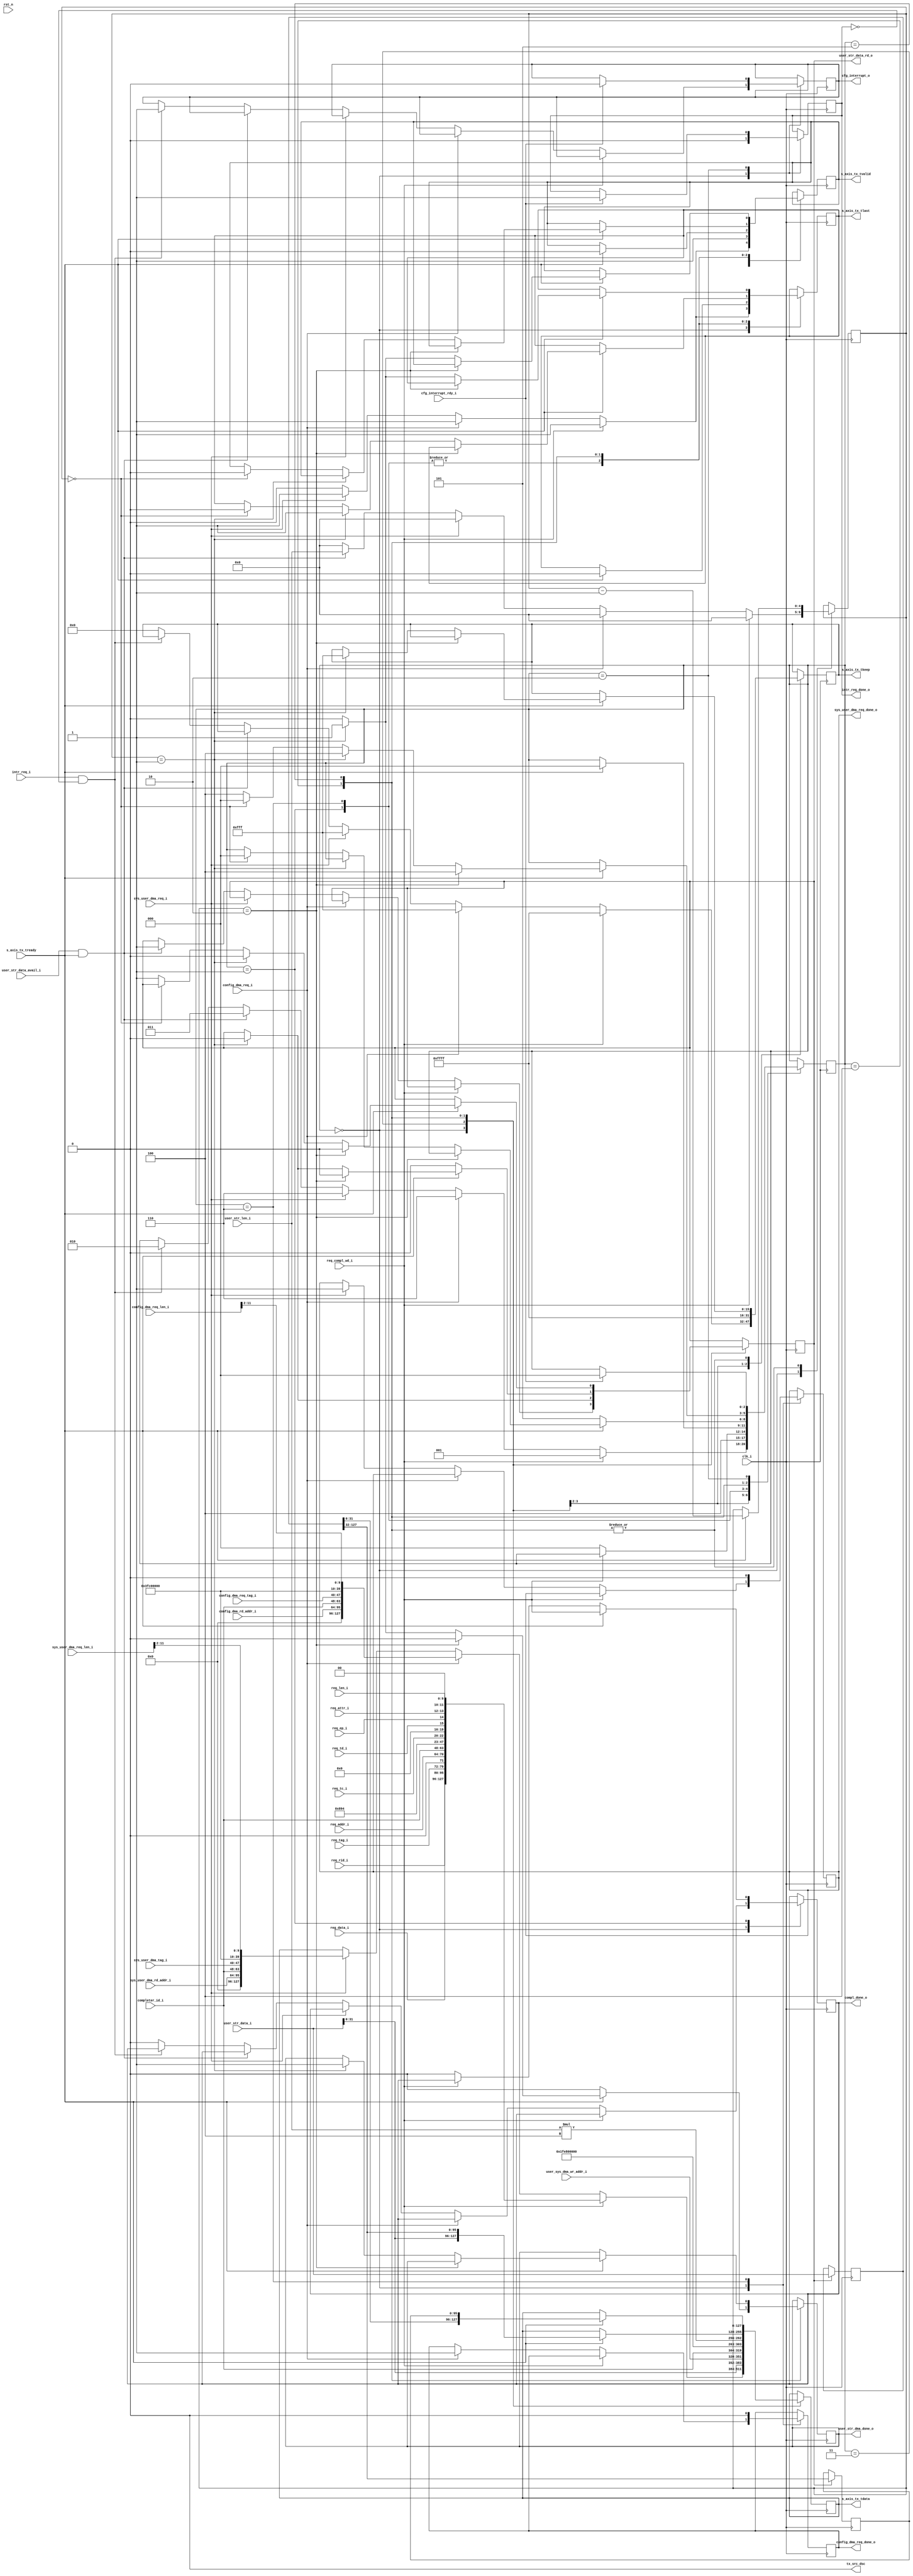
//--------------------------------------------------------------------------------
// Project    : SWITCH
// Version    : 0.1
//
// Description: 64 bit PCIe transaction layer transmit unit
//
//--------------------------------------------------------------------------------

`timescale 1ns/1ns

module tx_engine    #(
  // TX interface data width
  parameter C_DATA_WIDTH = 128,
  parameter KEEP_WIDTH = C_DATA_WIDTH / 8
)(

  input                           clk_i,
  input                           rst_n,

  // AXIS
  input                           s_axis_tx_tready,
  output  reg [C_DATA_WIDTH-1:0]  s_axis_tx_tdata,
  output  reg [KEEP_WIDTH-1:0]    s_axis_tx_tkeep,
  output  reg                     s_axis_tx_tlast,
  output  reg                     s_axis_tx_tvalid,
  output                          tx_src_dsc,
  //Rx engine
  input                           req_compl_wd_i,
  output reg                      compl_done_o,
  input [2:0]                     req_tc_i,
  input                           req_td_i,
  input                           req_ep_i,
  input [1:0]                     req_attr_i,
  input [9:0]                     req_len_i,
  input [15:0]                    req_rid_i,
  input [7:0]                     req_tag_i,
  input [6:0]                     req_addr_i,
  input [15:0]                    completer_id_i,
  //Register set
  input [31:0]                    reg_data_i,
  input                           config_dma_req_i,
  input [31:0]                    config_dma_rd_addr_i,
  input [11:0]                    config_dma_req_len_i,
  output reg                      config_dma_req_done_o,
  input [7:0]                     config_dma_req_tag_i, 
  input                           sys_user_dma_req_i,
  output reg                      sys_user_dma_req_done_o,
  input [11:0]                    sys_user_dma_req_len_i,
  input [31:0]                    sys_user_dma_rd_addr_i,
  input [7:0]                     sys_user_dma_tag_i,
  //User stream i/f
  input                           user_str_data_avail_i,
  output reg                      user_str_dma_done_o,
  input [31:0]                    user_sys_dma_wr_addr_i,
  output reg                      user_str_data_rd_o,
  input [C_DATA_WIDTH-1:0]        user_str_data_i,
  input [4:0]                     user_str_len_i,
  //interrupt
  input                           intr_req_i,
  output reg                      intr_req_done_o,
  output reg                      cfg_interrupt_o,
  input                           cfg_interrupt_rdy_i
);

   // State Machine state declaration
    localparam IDLE         = 'd0,
               SEND_ACK_CPLD= 'd1,
               REQ_INTR     = 'd2,
               WR_USR_HDR   = 'd3,
               WR_USR_DATA  = 'd4,
               WAIT_CORE    = 'd5,
               SEND_ACK_DMA = 'd6;


    // TLP packet type encoding
    localparam  MEM_RD = 7'b0000000,
                MEM_WR = 7'b1000000,
                CPLD   = 7'b1001010;

    reg [2:0]      state;
    reg [31:0]     rd_data_p;
    reg [127:0]    user_rd_data_p;
    reg [95:0]     user_rd_data_p1;
    reg [4:0]      wr_cntr;
    wire [6:0]     user_wr_len;

    // Unused discontinue
    assign tx_src_dsc = 1'b0;
    assign user_wr_len = user_str_len_i*4;

    //Delay the data read from the transmit fifo for 64byte packing.
    always@(posedge clk_i)
    begin
        if(user_str_data_rd_o)
            user_rd_data_p    <= user_str_data_i;
    end
    
    always@(posedge clk_i)
    begin
        if(user_str_data_rd_o)
            user_rd_data_p1    <= user_rd_data_p[127:32];
    end
    
    
    initial 
    begin
        s_axis_tx_tlast        <= 1'b0;
        s_axis_tx_tvalid       <= 1'b0;
        s_axis_tx_tkeep        <= {KEEP_WIDTH{1'b0}};
        compl_done_o           <= 1'b0;
        config_dma_req_done_o  <= 1'b0;
        wr_cntr                <= 0;
        intr_req_done_o        <= 1'b0;
        user_str_data_rd_o     <= 1'b0;
        state                  <= IDLE;
        user_str_dma_done_o    <= 1'b0;
    end

    //The transmit state machine
    always @ ( posedge clk_i ) 
    begin 
        case (state)
            IDLE : begin
                s_axis_tx_tlast  <= 1'b0;
                s_axis_tx_tvalid <= 1'b0;
                intr_req_done_o  <=  1'b0;
                wr_cntr <= 0;
                if (req_compl_wd_i)                                //If completion request from Rx engine
                begin
                    s_axis_tx_tlast  <= 1'b1;
                    s_axis_tx_tvalid <= 1'b1;
                    // Swap DWORDS for AXI
                                                                   // Bits\
                    s_axis_tx_tdata  <= {
                                          reg_data_i,               // 32                            
                                          req_rid_i,                // 16                          
                                          req_tag_i,                //  8                           
                                          {1'b0},                   //  1                          
                                          req_addr_i,               //  7                          
                                          completer_id_i,           // 16
                                          {3'b0},                   // 3
                                          {1'b0},                   // 1
                                          {12'd4},                  // 12
                                          {1'b0},                   // 1
                                          CPLD,                     // 7
                                          {1'b0},                   // 1
                                          req_tc_i,                 // 3
                                          {4'b0},                   // 4
                                          req_td_i,                 // 1
                                          req_ep_i,                 // 1
                                          req_attr_i,               // 2
                                          {2'b0},                   // 2
                                          req_len_i                 // 10
                                          };
                    s_axis_tx_tkeep   <=  16'hFFFF;
                    state             <=  SEND_ACK_CPLD;
                end   
                
                else if(config_dma_req_i)                           //If system memory DMA read request from control register
                begin
                  s_axis_tx_tlast  <= 1'b1;
                  s_axis_tx_tvalid <= 1'b1;
                  s_axis_tx_tdata  <= {                         // Bits
                                        32'h00000000,
                                        config_dma_rd_addr_i,
                                        completer_id_i,           // 16
                                        config_dma_req_tag_i,    // 8 tag
                                        {4'b1111},                // 4
                                        {4'b1111},                // 4
                                        {1'b0},                   // 1
                                        MEM_RD,                   // 7
                                        {1'b0},                   // 1
                                        {3'b0},                   // 3
                                        {4'b0},                   // 4
                                        1'b0,                     // 1
                                        1'b0,                     // 1
                                        {2'b0},                   // 2
                                        {2'b0},                   // 2
                                        config_dma_req_len_i[11:2]        // 10
                                        };
                    s_axis_tx_tkeep   <=  16'h0FFF;
                    state             <= SEND_ACK_DMA;
                    config_dma_req_done_o <= 1'b1;
                end  
                
                else if(sys_user_dma_req_i)                                 //If system memory DMA read request from control register
                begin
                    s_axis_tx_tlast  <= 1'b1;
                    s_axis_tx_tvalid <= 1'b1;
                    s_axis_tx_tdata  <= {                         // Bits
                                        32'h00000000,
                                        sys_user_dma_rd_addr_i,
                                        completer_id_i,           // 16
                                        sys_user_dma_tag_i,       // 8 tag
                                        {4'b1111},                // 4
                                        {4'b1111},                // 4
                                        {1'b0},                   // 1
                                        MEM_RD,                   // 7
                                        {1'b0},                   // 1
                                        {3'b0},                   // 3
                                        {4'b0},                   // 4
                                        1'b0,                     // 1
                                        1'b0,                     // 1
                                        {2'b0},                   // 2
                                        {2'b0},                   // 2
                                        sys_user_dma_req_len_i[11:2] // 10
                                        };
                    s_axis_tx_tkeep   <=  16'h0FFF;
                    sys_user_dma_req_done_o <= 1'b1;
                    state             <= SEND_ACK_DMA;
                end 
                
                else if(user_str_data_avail_i & s_axis_tx_tready)
                begin
                    state                <=  WR_USR_HDR;
                    user_str_data_rd_o   <=  1'b1;
                    wr_cntr              <=  user_str_len_i;
                end
                
                else if(intr_req_i & ~intr_req_done_o) //If there is interrupt request and no data in the transmit fifo
                begin
                    state       <=  REQ_INTR;
                    cfg_interrupt_o <= 1'b1;
                end
                else 
                begin
                    s_axis_tx_tlast   <= 1'b0;
                    s_axis_tx_tvalid  <= 1'b0;
                    s_axis_tx_tkeep   <= 16'h00;
                    compl_done_o      <= 1'b0;
                end
            end 
            
            WR_USR_HDR:begin
                state              <=  WR_USR_DATA;
                s_axis_tx_tvalid   <=  1'b1;
                s_axis_tx_tdata    <=  {
                                            user_str_data_i[31:0],
                                            user_sys_dma_wr_addr_i,
                                            completer_id_i,//req id
                                            8'h00,   //tag
                                            8'hFF,   //BE
                                            1'b0,    //res
                                            MEM_WR,  //type
                                            1'b0,    //r
                                            3'b000,  //tc
                                            4'b0000, //res
                                            1'b0,    //td
                                            1'b0,    //ep
                                            2'b00,   //attr
                                            2'b00,   //res
                                            {3'h0,user_wr_len}//len. 128 bytes
                                        };
                s_axis_tx_tkeep         <=  16'hFFFF;
                if(wr_cntr == 1)
                    user_str_data_rd_o   <=  1'b0;
            end           
            
            SEND_ACK_CPLD:begin
                if(~req_compl_wd_i)
                begin
                    compl_done_o   <= 1'b0;
                    state          <= IDLE;
                end
                if (s_axis_tx_tready) 
                begin
                    compl_done_o           <= req_compl_wd_i;
                    s_axis_tx_tlast        <= 1'b0;
                    s_axis_tx_tvalid       <= 1'b0;
                end
            end
             
            SEND_ACK_DMA:begin
                config_dma_req_done_o   <= 1'b0;
                sys_user_dma_req_done_o <= 1'b0;
                if (s_axis_tx_tready) 
                begin
                    s_axis_tx_tlast        <= 1'b0;
                    s_axis_tx_tvalid       <= 1'b0;
                    state                  <= IDLE;
                end
            end
            
            WR_USR_DATA:begin
                user_str_dma_done_o <= 1'b0;
                if(s_axis_tx_tready)
                begin
                    if(wr_cntr == 2)
                        user_str_data_rd_o  <=    1'b0;
                    else if(wr_cntr == 1)
                    begin
                        user_str_data_rd_o  <= 1'b0;
                        s_axis_tx_tlast     <= 1'b1;
                        s_axis_tx_tkeep     <= 16'h0FFF; 
                        user_str_dma_done_o <= 1'b1;
                    end  
                    else if(wr_cntr == 0) //simply wait for tready to change status.
                    begin
                       state            <=    IDLE;
                       s_axis_tx_tlast  <=    1'b0;
                       s_axis_tx_tvalid <=    1'b0;
                    end
                    wr_cntr             <=    wr_cntr - 1'b1;
                    s_axis_tx_tdata     <=    {user_str_data_i[31:0],user_rd_data_p[127:32]};
                end
                else
                begin
                    user_str_data_rd_o  <=    1'b0;
                    state               <=    WAIT_CORE;
                end 
            end
            
            WAIT_CORE:begin
                if(s_axis_tx_tready)
                begin
                    s_axis_tx_tdata     <=     {user_rd_data_p[31:0],user_rd_data_p1};
                    wr_cntr             <=     wr_cntr - 1'b1;
                    if(wr_cntr == 2)
                    begin
                        user_str_data_rd_o  <= 1'b0;
                        state               <= WR_USR_DATA;
                    end    
                    else if(wr_cntr == 1)
                    begin
                        user_str_data_rd_o  <= 1'b0;
                        s_axis_tx_tlast     <= 1'b1;
                        s_axis_tx_tvalid    <= 1'b1;
                        s_axis_tx_tkeep     <= 16'h0FFF; 
                        user_str_dma_done_o <= 1'b1;
                        state               <= WR_USR_DATA;
                    end                    
                    else if(wr_cntr == 0) //simply wait for tready to change status.
                    begin
                        state            <=    IDLE;
                        s_axis_tx_tlast  <=    1'b0;
                        s_axis_tx_tvalid <=    1'b0;
                    end
                    else
                    begin                        
                        s_axis_tx_tlast     <=    1'b0;
                        s_axis_tx_tvalid    <=    1'b0;
                        state               <=    WR_USR_DATA;
                        user_str_data_rd_o  <=    1'b1;
                    end
                end
            end
            
            REQ_INTR:begin        //Send interrupt through PCIe interrupt port
                if(cfg_interrupt_rdy_i)
                begin
                    cfg_interrupt_o <= 1'b0;
                    state           <= IDLE;
                    intr_req_done_o <= 1'b1;
                end
            end
        endcase
    end

endmodule